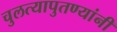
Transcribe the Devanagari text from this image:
चुलत्यापुतण्यांनी